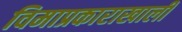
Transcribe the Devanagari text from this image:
विमाप्रकाराखाली